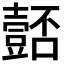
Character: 𭐚